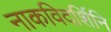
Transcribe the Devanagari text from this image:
नाकविदर्शिनि